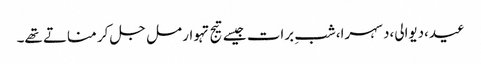
عید،دیوالی،دسہرا،شبِ برات جیسے تیج تہوار مل جل کر مناتے تھے۔